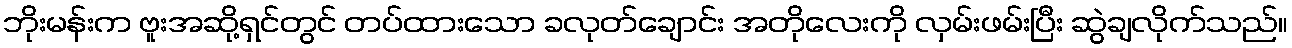
ဘိုးမန်းက ဗူးအဆို့ရှင်တွင် တပ်ထားသော ခလုတ်ချောင်း အတိုလေးကို လှမ်းဖမ်းပြီး ဆွဲချလိုက်သည်။